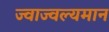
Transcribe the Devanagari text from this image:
ज्वाज्वल्यमान